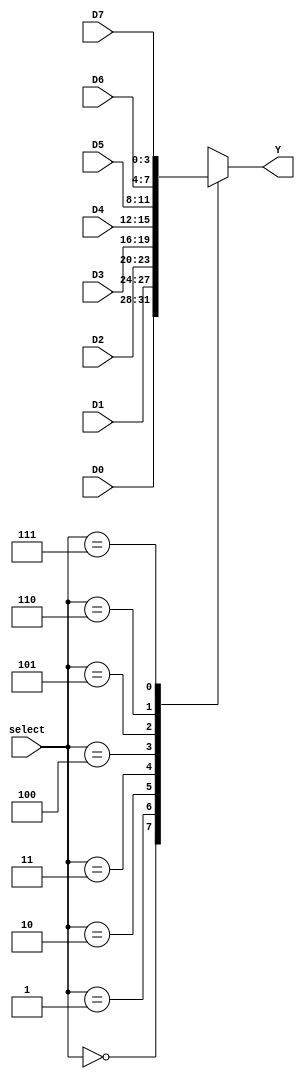
`timescale 1ns / 1ps
//////////////////////////////////////////////////////////////////////////////////
// 
//Version:	1.1	
//Notes:		Fixed syntax errors
//Purpose:  This is a 4 to 1 mux multiplexing the 4bit inputs which are (D) and
//				outputs a Y which send the signal to the hex to 7 decoder.
//
//////////////////////////////////////////////////////////////////////////////////
module ad_mux(D0, D1, D2, D3, D4, D5, D6, D7, select, Y);
input  [ 3:0] D0;
input  [ 3:0] D1;
input  [ 3:0] D2;
input  [ 3:0] D3;
input  [ 3:0] D4;
input  [ 3:0] D5;
input  [ 3:0] D6;
input  [ 3:0] D7;
input  [ 2:0] select;

output reg [ 3:0] Y;

//takes in the 4bit states and outputs as(y) to the hex-7 decoder
always @ *
	case(select)
		3'b000:  Y = D0;
		3'b001:  Y = D1;
		3'b010:  Y = D2;
		3'b011:  Y = D3;
		3'b100:  Y = D4;
		3'b101:  Y = D5;
		3'b110:  Y = D6;
		3'b111:  Y = D7;
		default: Y = D0;
	endcase 
	


endmodule